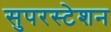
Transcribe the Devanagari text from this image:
सुपरस्टेशन